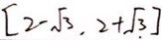
[ 2 - \sqrt { 3 } , 2 + \sqrt { 3 } ]